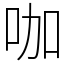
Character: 咖